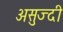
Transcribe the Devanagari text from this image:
असुज्दी